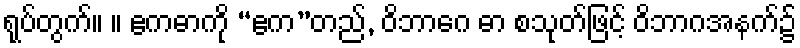
ရုပ်တွက်။ ။ ဧကဓာကို “ဧက”တည်, ဝိဘာဂေ ဓာ စသုတ်ဖြင့် ဝိဘာဂအနက်၌